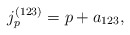
\begin{align*}j_p^{(123)} = p + a_{123},\end{align*}